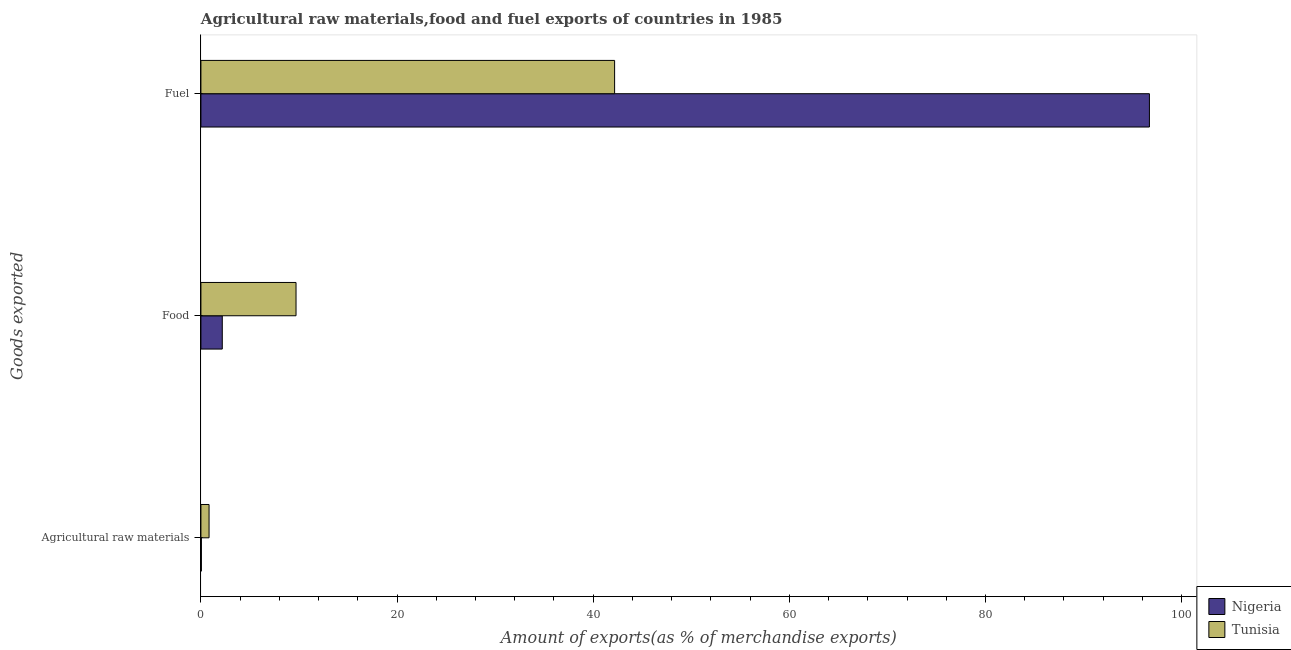
| Goods exported | Nigeria | Tunisia |
 | --- | --- | --- |
 | Agricultural raw materials | 0.0449 | 0.83 |
 | Food | 2.18 | 9.7 |
 | Fuel | 96.7 | 42.2 |